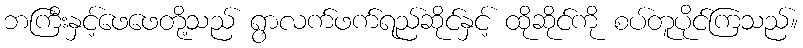
ဘကြီးနှင့်ဖေဖေတို့သည် ရွာလက်ဖက်ရည်ဆိုင်နှင့် ထိုဆိုင်ကို စပ်တူပိုင်ကြသည်။